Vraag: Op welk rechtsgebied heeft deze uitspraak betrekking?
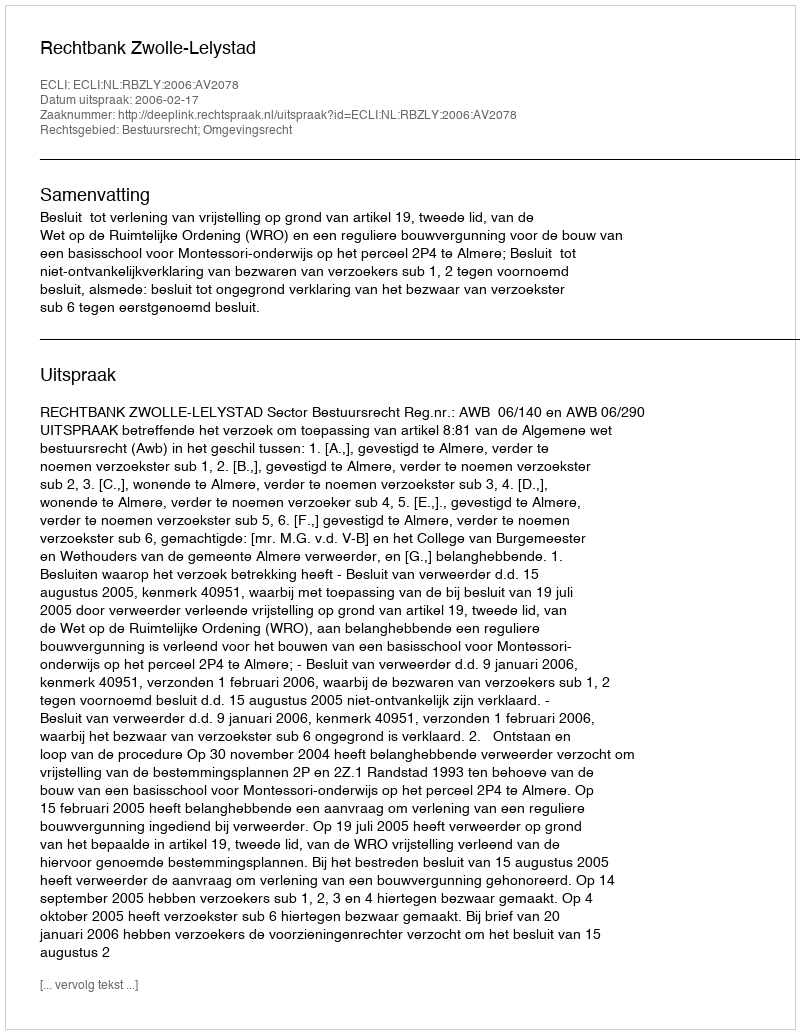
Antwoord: Bestuursrecht; Omgevingsrecht